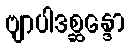
ဗျာပါဒစ္ဆန္ဒော